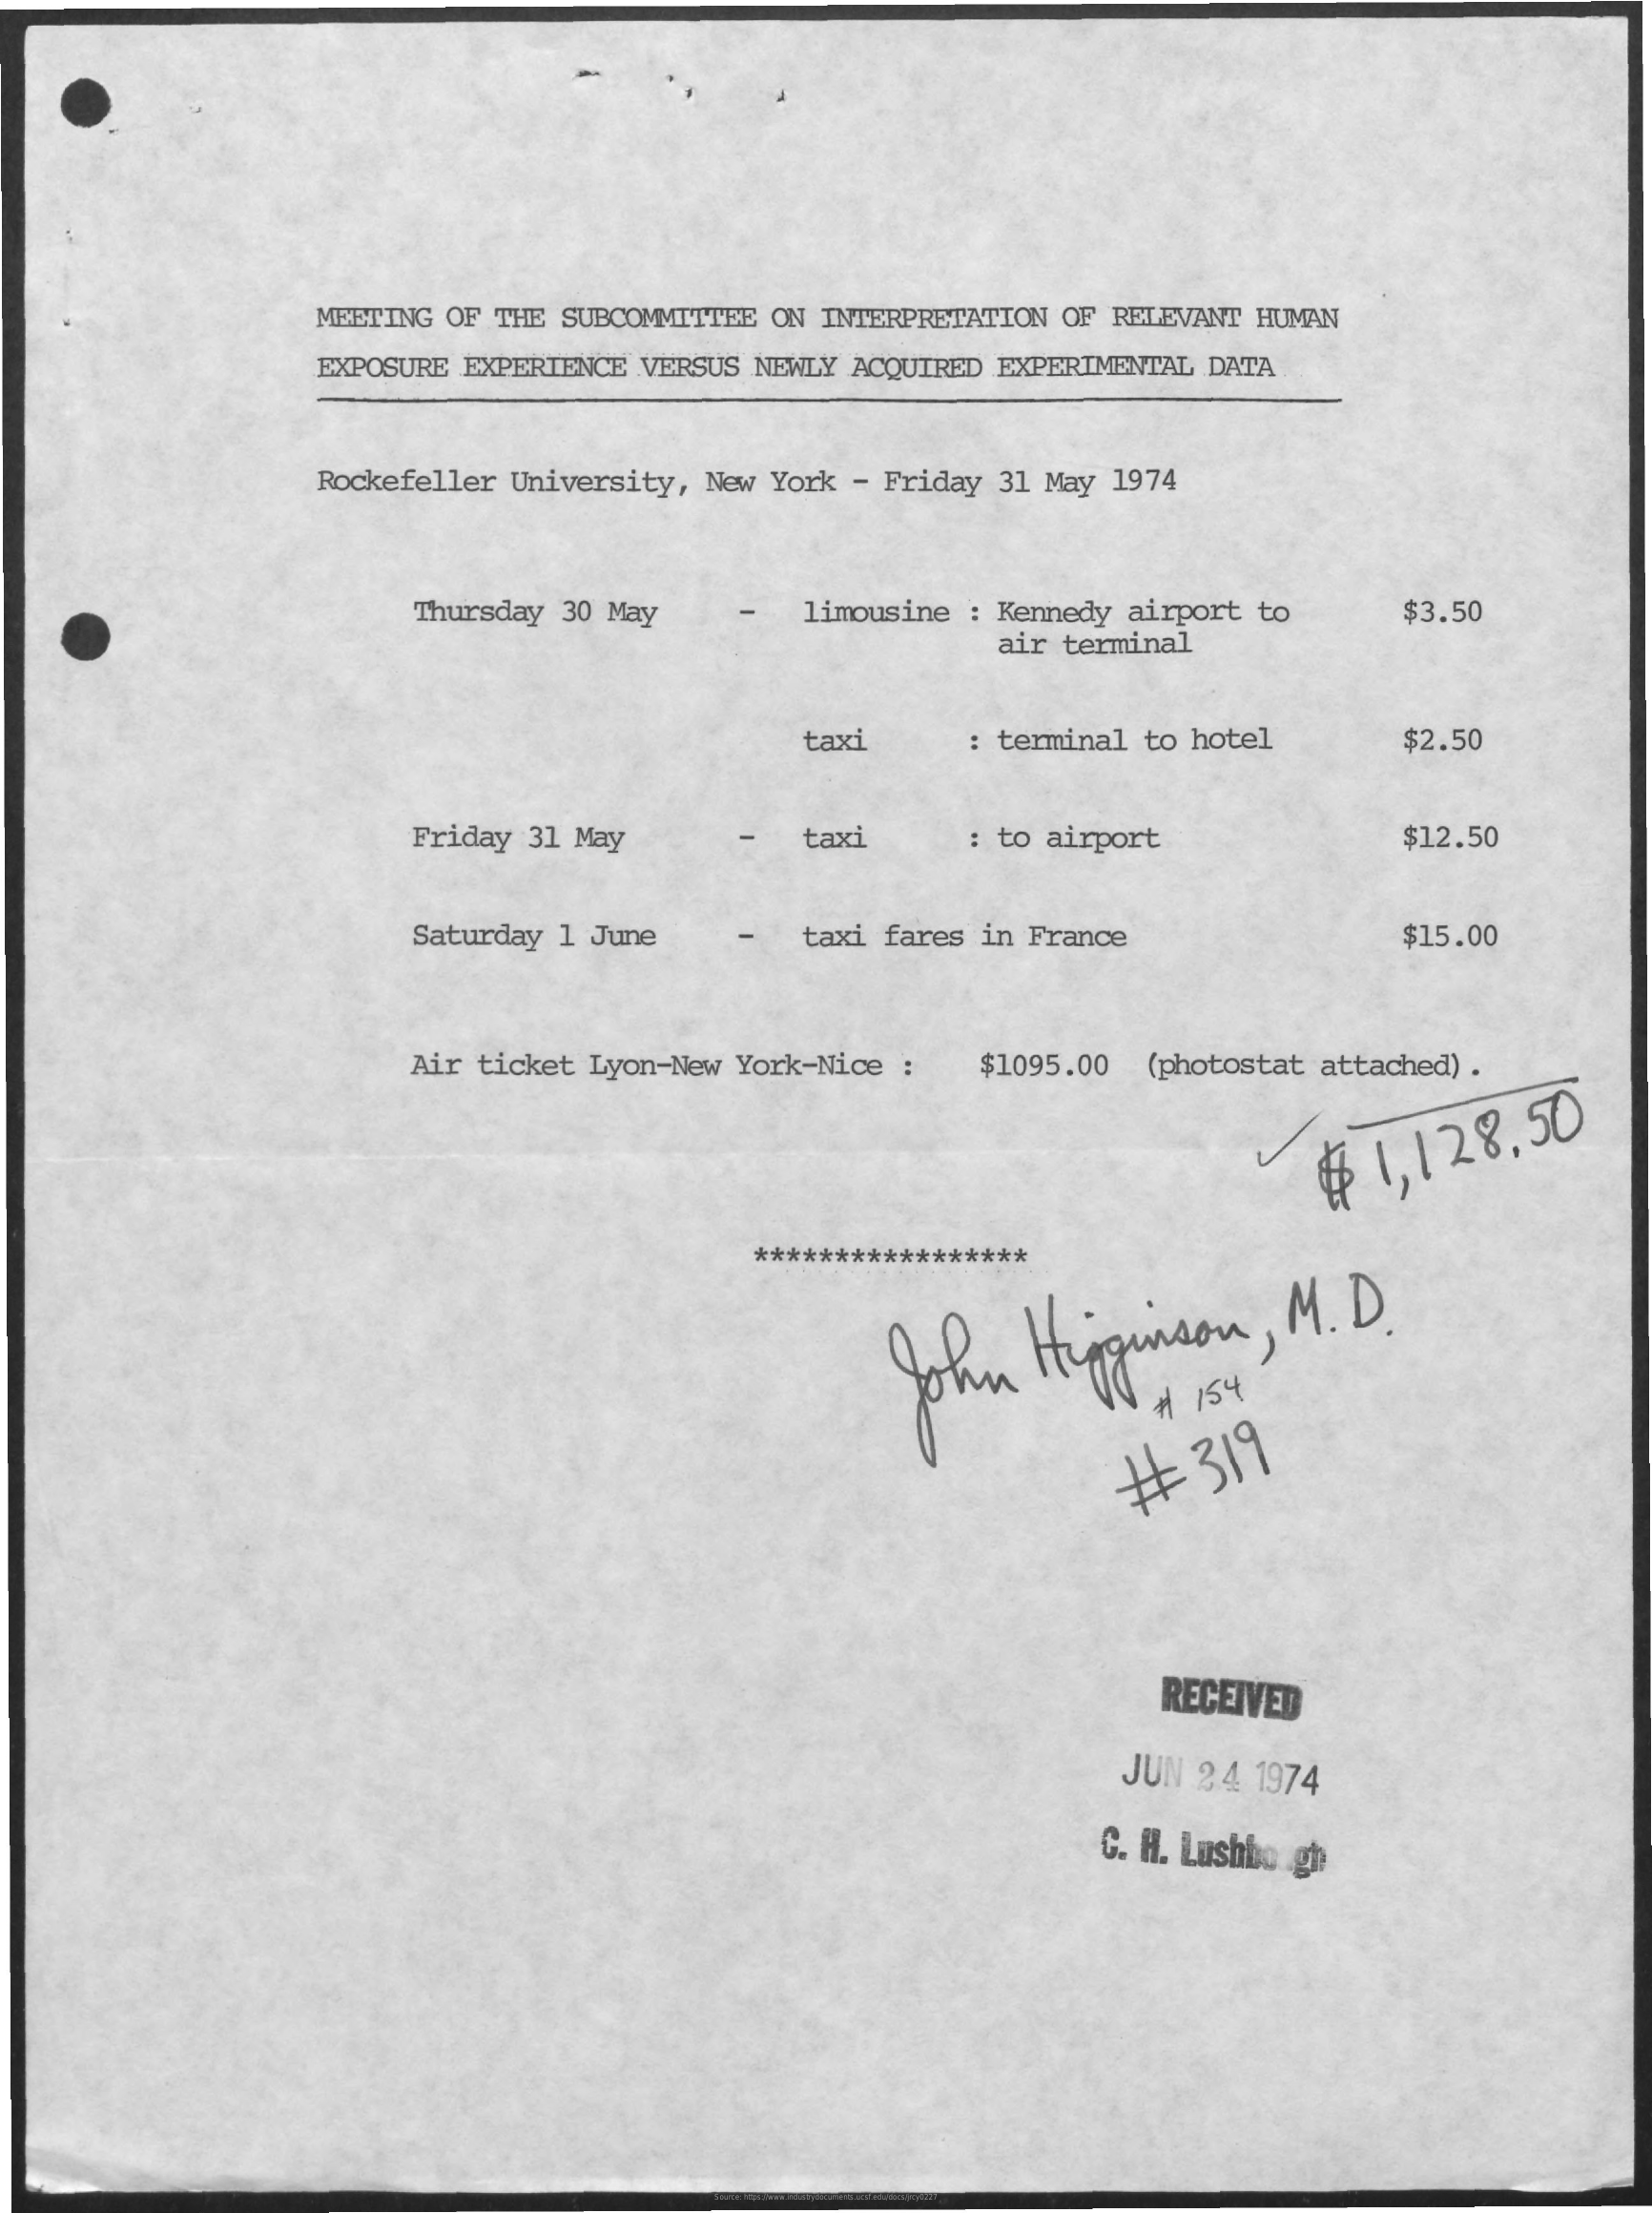
MEETING    OF    THE    SUBCOMMITTEE    ON    INTERPRETATION    OF    RELEVANT    HUMAN
     EXPOSURE    EXPERIENCE    VERSUS    NEWLY    ACQUIRED    EXPERIMENTAL    DATA
     Rockefeller    University,    New    York    -    Friday    31    May    1974
     Thursday    30    May    limousine    :    Kennedy    airport    to
     air    terminal
     $3.50
     taxi    :    terminal    to    hotel    $2.50
     Friday    31    May    taxi    :    to    airport    $12.50
     Saturday    1    June    taxi    fares    in    France    $15.00
     Air    ticket    Lyon-New    York-Nice    :    $1095.00    (photostat    attached)    .
     ฿    1,128,50
     *****************
     John    Higginson    ,    M    .    D.
     #    154
     #    319
     RECEIVED
     JUN    24    1974
     C.    H.    Lushbo    gh
     Source: https://www.industrydocuments.ucsf.edu/docs/jrcy0227